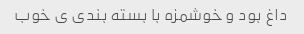
داغ بود و خوشمزه با بسته بندی ی خوب